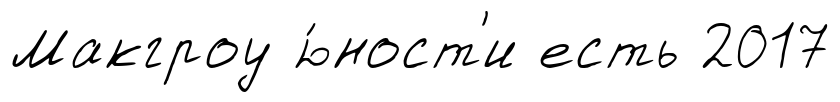
Макгроу ю́ност'и есть 2017